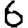
Digit: 6